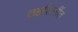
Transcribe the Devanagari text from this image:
तहशिलींत